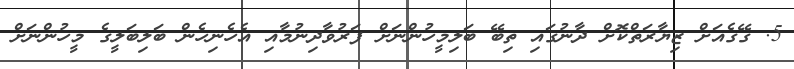
5. ގޭގެއަށް ޒިޔާރަތްކޮށް ދާނުގައި ތިބޭ ބަލިމީހުންނަށް ފަރުވާދިނުމާއި އެހެނިހެން ބަލިބަލީގެ މީހުންނަށް